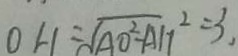
O H = \sqrt { A O ^ { 2 } - A H ^ { 2 } } = 3